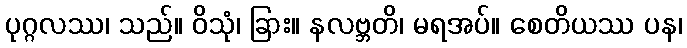
ပုဂ္ဂလဿ၊ သည်။ ဝိသုံ၊ ခြား။ နလဗ္ဘတိ၊ မရအပ်။ စေတိယဿ ပန၊